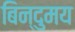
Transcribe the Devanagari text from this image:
बिन्दुमय